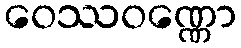
ဝေဿဝဏ္ဏော